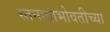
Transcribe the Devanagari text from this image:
स्तनाग्रांभोवतीच्या